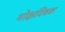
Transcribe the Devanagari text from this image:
मोक्षविषक